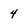
Character: 4